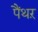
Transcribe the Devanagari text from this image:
पैंथऱ